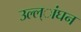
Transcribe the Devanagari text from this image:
उल्ल्ांघन